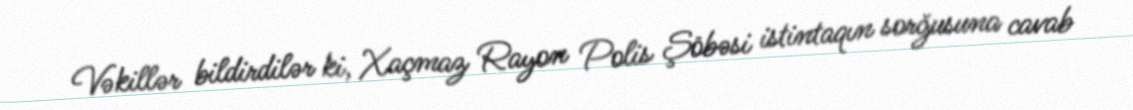
Vəkillər bildirdilər ki, Xaçmaz Rayon Polis Şöbəsi istintaqın sorğusuna cavab